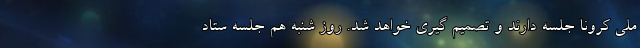
ملی کرونا جلسه دارند و تصمیم گیری خواهد شد. روز شنبه هم جلسه ستاد